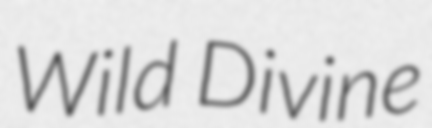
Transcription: Wild Divine